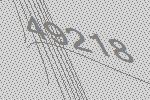
49218